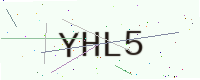
Text: YHL5